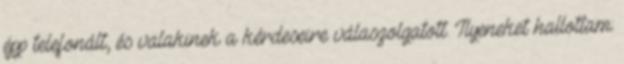
épp telefonált, és valakinek a kérdeseire válaszolgatott. Ilyeneket hallottam: